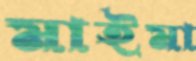
মাইমা